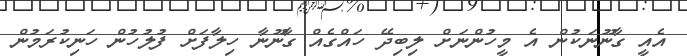
އެއީ ގާނޫނަކުން އެ މީހުންނަށް ލިބިދޭ ހައްގެއް ގާނޫނާ ހިލާފަށް ފުލުހުން ހަނިކުރަމުން